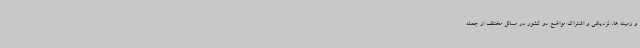
و زمینه ها، نزدیکی و اشتراک مواضع دو کشور در مسائل مختلف از جمله